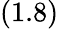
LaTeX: (1.8)